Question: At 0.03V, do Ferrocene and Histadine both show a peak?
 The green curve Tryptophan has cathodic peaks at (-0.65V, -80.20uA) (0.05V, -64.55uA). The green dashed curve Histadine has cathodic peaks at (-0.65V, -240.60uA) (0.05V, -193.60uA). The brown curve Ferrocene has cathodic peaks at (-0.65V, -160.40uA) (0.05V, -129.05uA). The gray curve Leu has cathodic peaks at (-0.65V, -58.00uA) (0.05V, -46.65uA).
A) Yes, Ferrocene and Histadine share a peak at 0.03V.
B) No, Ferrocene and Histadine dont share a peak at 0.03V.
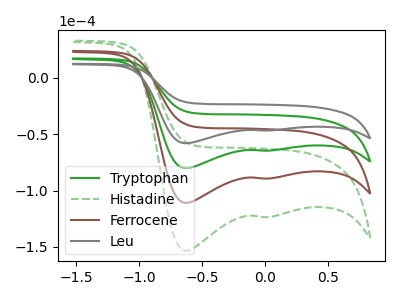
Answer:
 <answer>A) Yes, "Ferrocene" and "Histadine" share a peak at 0.03V.</answer>
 <eval>A</eval>